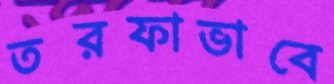
তরফাভাবে